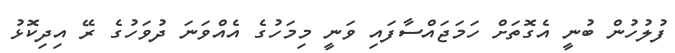
ފުލުހުން ބުނީ އެގޮތަށް ހަމަޖައްސާފައި ވަނީ މިމަހުގެ އެއްވަނަ ދުވަހުގެ ރޭ އިދިކޮޅު